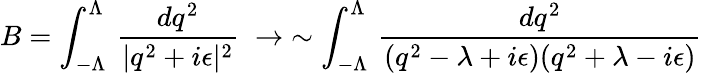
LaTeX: B=\int_{-\Lambda}^{\Lambda}\, {\frac{dq^{2}}{|q^{2}+i\epsilon|^{2}}}\; \to\; \sim\int_{-\Lambda}^{\Lambda}\, {\frac{dq^{2}}{(q^{2}-\lambda+i\epsilon)(q^{2}+\lambda-i\epsilon)}}